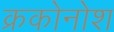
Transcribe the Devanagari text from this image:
क्रकोनोश